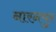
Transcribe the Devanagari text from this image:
नारनपुर